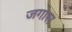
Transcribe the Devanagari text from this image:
जगास